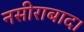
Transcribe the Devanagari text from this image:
नसीराबाद।